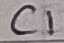
Text: C1